Annual report of the Punjab Veterinary College and of the Civil Veterinary Department, Punjab - 1894-1908
Year: 1894
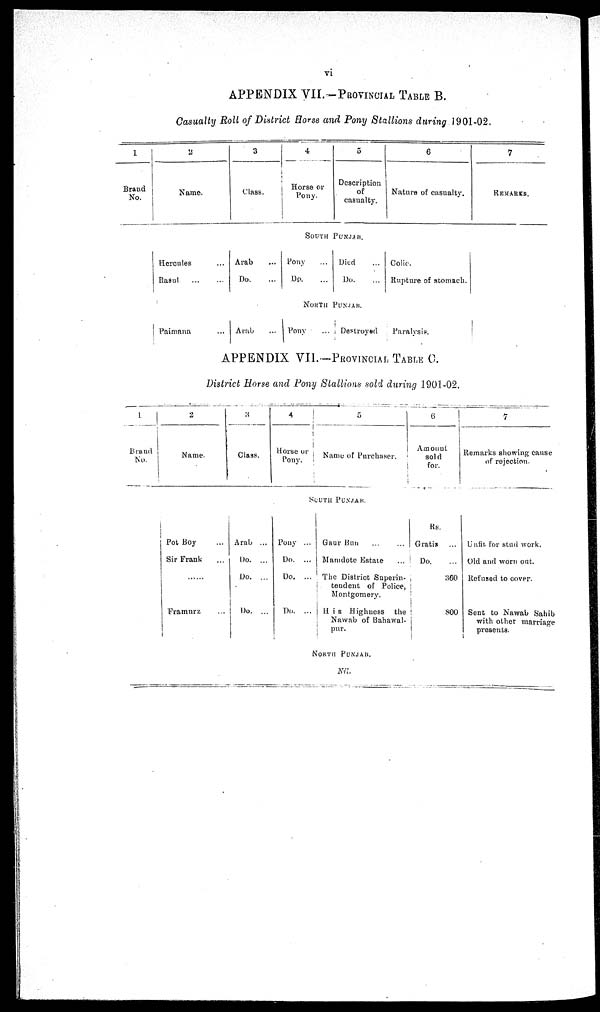
vi
APPENDIX VII.-PROVINCIAL TABLE B.
Casualty Roll of District Horse and Pony Stallions during 1901-02.
1
Brand
No.
2
Name.
3
Class.
4
Horse or
Pony.
5
Description
of
casualty.
6
Nature of casualty.
7
REMARKS.
SOUTH PUNJAB.
Hercules ...
Rasal ... ...
Arab ...
Do. ...
Pony ...
Do. ...
Died ...
Do. ...
Colic.
Rupture of stomach.
NORTH PUNJAB.
Paimana
Arab
Pony
Destroyed
Paralysis.
APPENDIX VII.—PROVINCIAL TABLE C.
District Horse and Pony Stallions sold during 1901-02.
1
Brand
No.
2
Name.
3
Class.
4
Horse or
Pony.
5
Name of Purchaser.
6
Amount
sold
for.
7
Remarks showing cause
of rejection.
SOUTH PUNJAB.
Pot Boy ...
Sir Frank ...
Framurz ...
Arab ...
Do. ...
Do. ...
Do. ...
Pony ...
Do. ...
Do. ...
Do. ...
Gaur Bun
Mamdote Estate
The District Superin-
tendent of Police,
Montgomery.
His Highness the
Nawab of Bahawal-
pur.
Rs.
Gratis ...
Do.
...
360
800
Unfit for stud work.
Old and worn out.
Refused to cover.
Sent to Nawab Sahib
with other marriage
presents.
NORTH PUNJAB.
Nil.